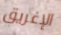
الإغريق